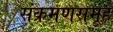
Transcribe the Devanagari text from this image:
संक्रमणसमूह